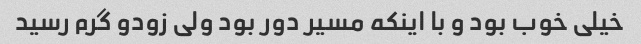
خیلی خوب بود و با اینکه مسیر دور بود ولی زودو گرم رسید